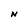
Character: M